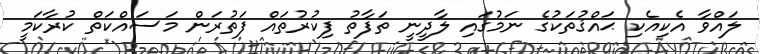
ލައްވާ އެކިއެކި ޙައްޤުތަކުގެ ނަމުގައި ލާދީނީ ތަފާތު ފިކުރުތައް ފަތުރަން މަސައްކަތް ކުރާކަމީ